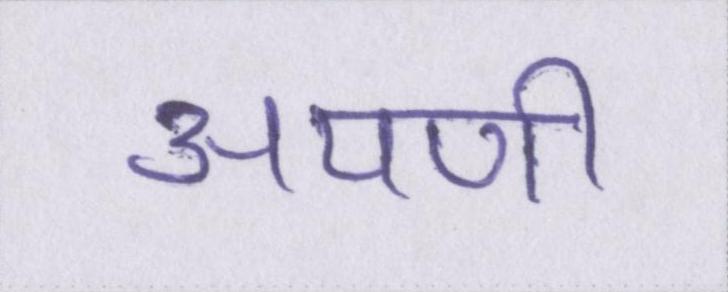
अपणी